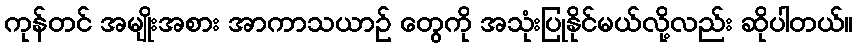
ကုန်တင် အမျိုးအစား အာကာသယာဉ် တွေကို အသုံးပြုနိုင်မယ်လို့လည်း ဆိုပါတယ်။